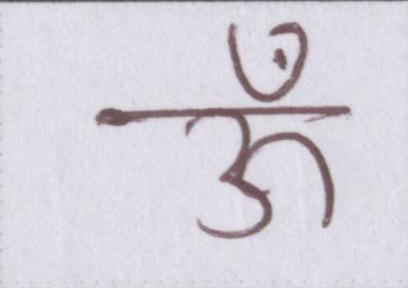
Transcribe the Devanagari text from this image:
ऊँ